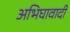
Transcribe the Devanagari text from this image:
अभिघावादी